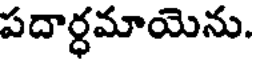
పదార్ధమాయెను.